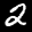
Label: 2